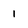
Character: 1